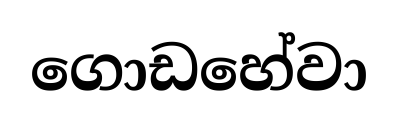
ගොඩහේවා